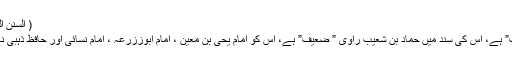
( السنن الکبری للبیھقی:۴۹۶/۲)
( ا) یہ روایت ” ضعیف” ہے، اس کی سند میں حماد بن شعیب راوی ” ضعیف” ہے، اس کو امام یحیٰ بن معین ، امام ابوززرعہ ، امام نسائی اور حافظ ذہبیؒ نے ” ضعیف ” کہا ہے۔